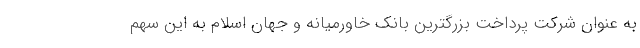
به عنوان شرکت پرداخت بزرگترین بانک خاورمیانه و جهان اسلام به این سهم